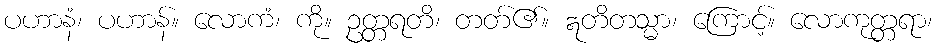
ပဟာနံ၊ ပဟာန်။ လောကံ၊ ကို။ ဥတ္တရတိ၊ တတ်၏။ ဣတိတသ္မာ၊ ကြောင့်။ လောကုတ္တရာ၊